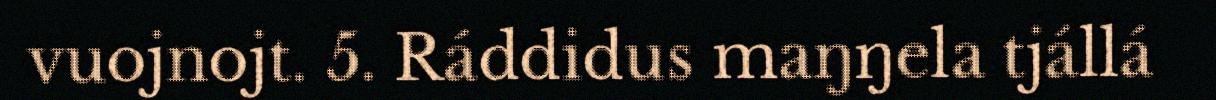
vuojnojt. 5. Ráddidus maŋŋela tjállá